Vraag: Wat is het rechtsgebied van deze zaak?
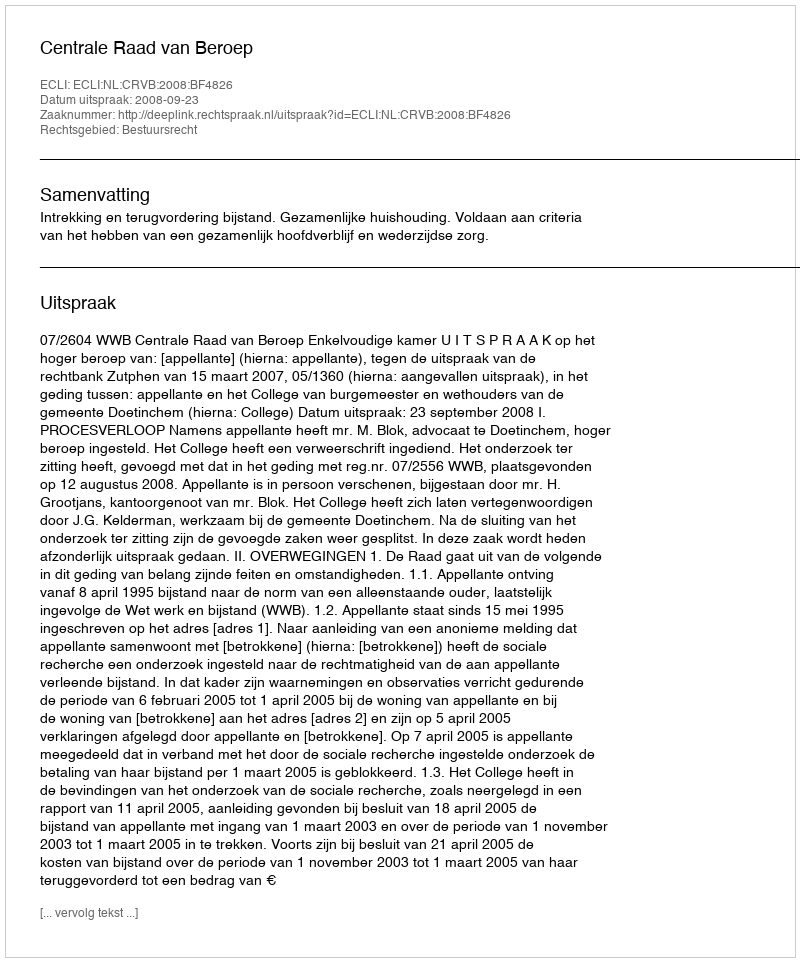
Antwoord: Bestuursrecht